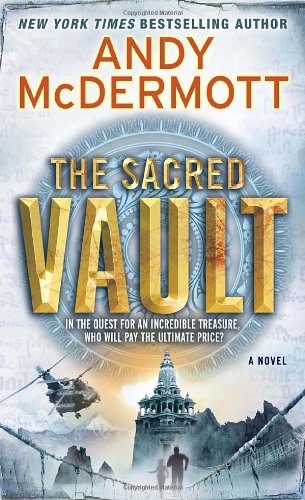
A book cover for The Sacred Vault: A Novel (Nina Wilde and Eddie Chase); Andy McDermott; Literature & Fiction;